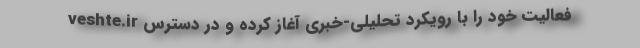
veshte.ir فعالیت خود را با رویکرد تحلیلی-خبری آغاز کرده و در دسترس